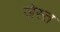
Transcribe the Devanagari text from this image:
जेस्त